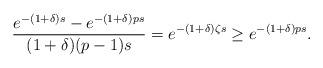
LaTeX: \begin{align*}\frac{e^{-(1+\delta)s}-e^{-(1+\delta)ps}}{(1+\delta)(p-1)s} = e^{-(1+\delta)\zeta s} \ge e^{-(1+\delta)p s} .\end{align*}